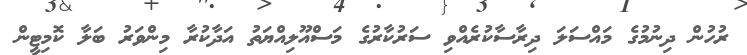
ރުހުން ދިނުމުގެ މައްސަލަ ދިރާސާކުރެއްވި ސަރުކާރުގެ މަސްއޫލިއްޔަތު އަދާކުރާ މިންވަރު ބަލާ ކޮމިޓީން